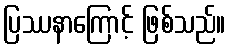
ပြဿနာကြောင့် ဖြစ်သည်။